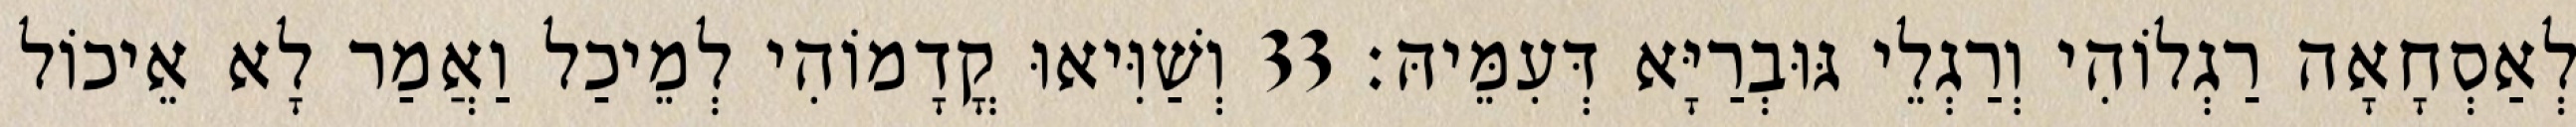
לְאַסְחָאָה רַגְלוֹהִי וְרַגְלֵי גּוּבְרַיָּא דְּעִמֵּיהּ׃ 33 וְשַׁוִּיאוּ קֳדָמוֹהִי לְמֵיכַל וַאֲמַר לָא אֵיכוֹל